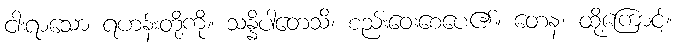
ငါးရာသော ရဟန်းတို့ကို။ သန္နိပါတေသိ၊ စည်းဝေးစေပေ၏။ တေန၊ ထို့ကြောင့်။